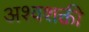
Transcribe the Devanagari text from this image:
अश्‍वशक्ती